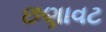
છણાવટ